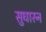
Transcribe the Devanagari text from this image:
सुधारन